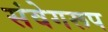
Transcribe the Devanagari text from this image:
संवेगरूप